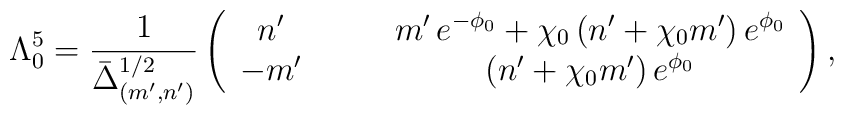
\Lambda_0^5 = \frac{1}{\bar{\Delta}_{(m',n')}^{1/2}} \left(\begin{array}{cc}n' \qquad&   m' \,e^{-\phi_0} + \chi_0 \,(n' + \chi_0 m') \,e^{\phi_0} \\-m'\qquad & (n' + \chi_0 m')\, e^{\phi_0} \end{array} \right),